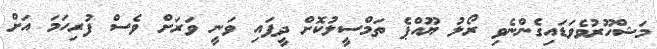
މަޝްހޫރުވެވަޑައިގެންނެވި ރޯލު ޔޫއްޕެ ތަމްސީލުކޮށް ދީފައި ވަނީ ވަރަށް ވެސް ފުރިހަމަ އަށް